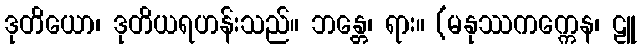
ဒုတိယော၊ ဒုတိယရဟန်းသည်။ ဘန္တေ၊ ရား။ (မနုဿကက္ကေန၊ ဠူ